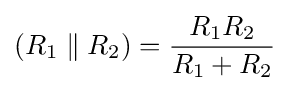
(R_{1}\parallel R_{2})={\frac {R_{1}R_{2}}{R_{1}+R_{2}}}